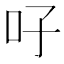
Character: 吇